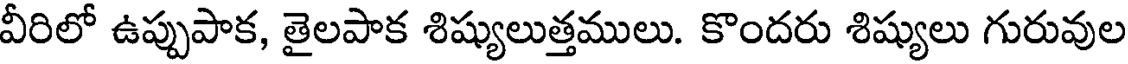
వీరిలో ఉప్పుపాక, తైలపాక శిష్యులుత్తములు. కొందరు శిష్యులు గురువుల